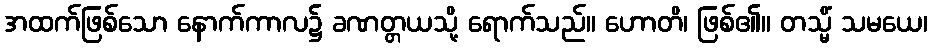
အထက်ဖြစ်သော နောက်ကာလ၌ ခဏတ္တယသို့ ရောက်သည်။ ဟောတိ၊ ဖြစ်၏။ တသ္မိံ သမယေ၊